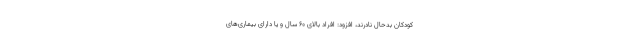
کودکان بدحال نادرند، افزود: افراد بالای ۶۰ سال و یا دارای بیماری‌های